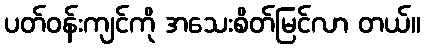
ပတ်ဝန်းကျင်ကို အသေးစိတ်မြင်လာ တယ်။